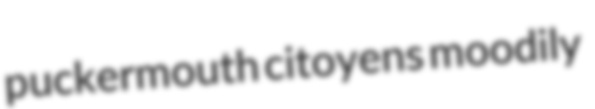
puckermouth citoyens moodily